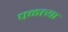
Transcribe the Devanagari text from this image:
पळत्या